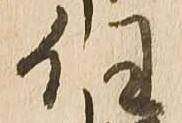
任